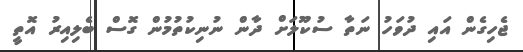
ޖެހިގެން އައި ދުވަހު ނަތާ ސުކޫލަށް ދާން ނުނިކުތުމުން ގޮސް ބެލިއިރު އޮތީ